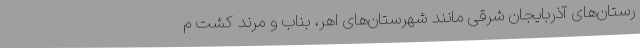
رستان‌های آذربایجان شرقی مانند شهرستان‌های اهر، بناب و مرند کشت م